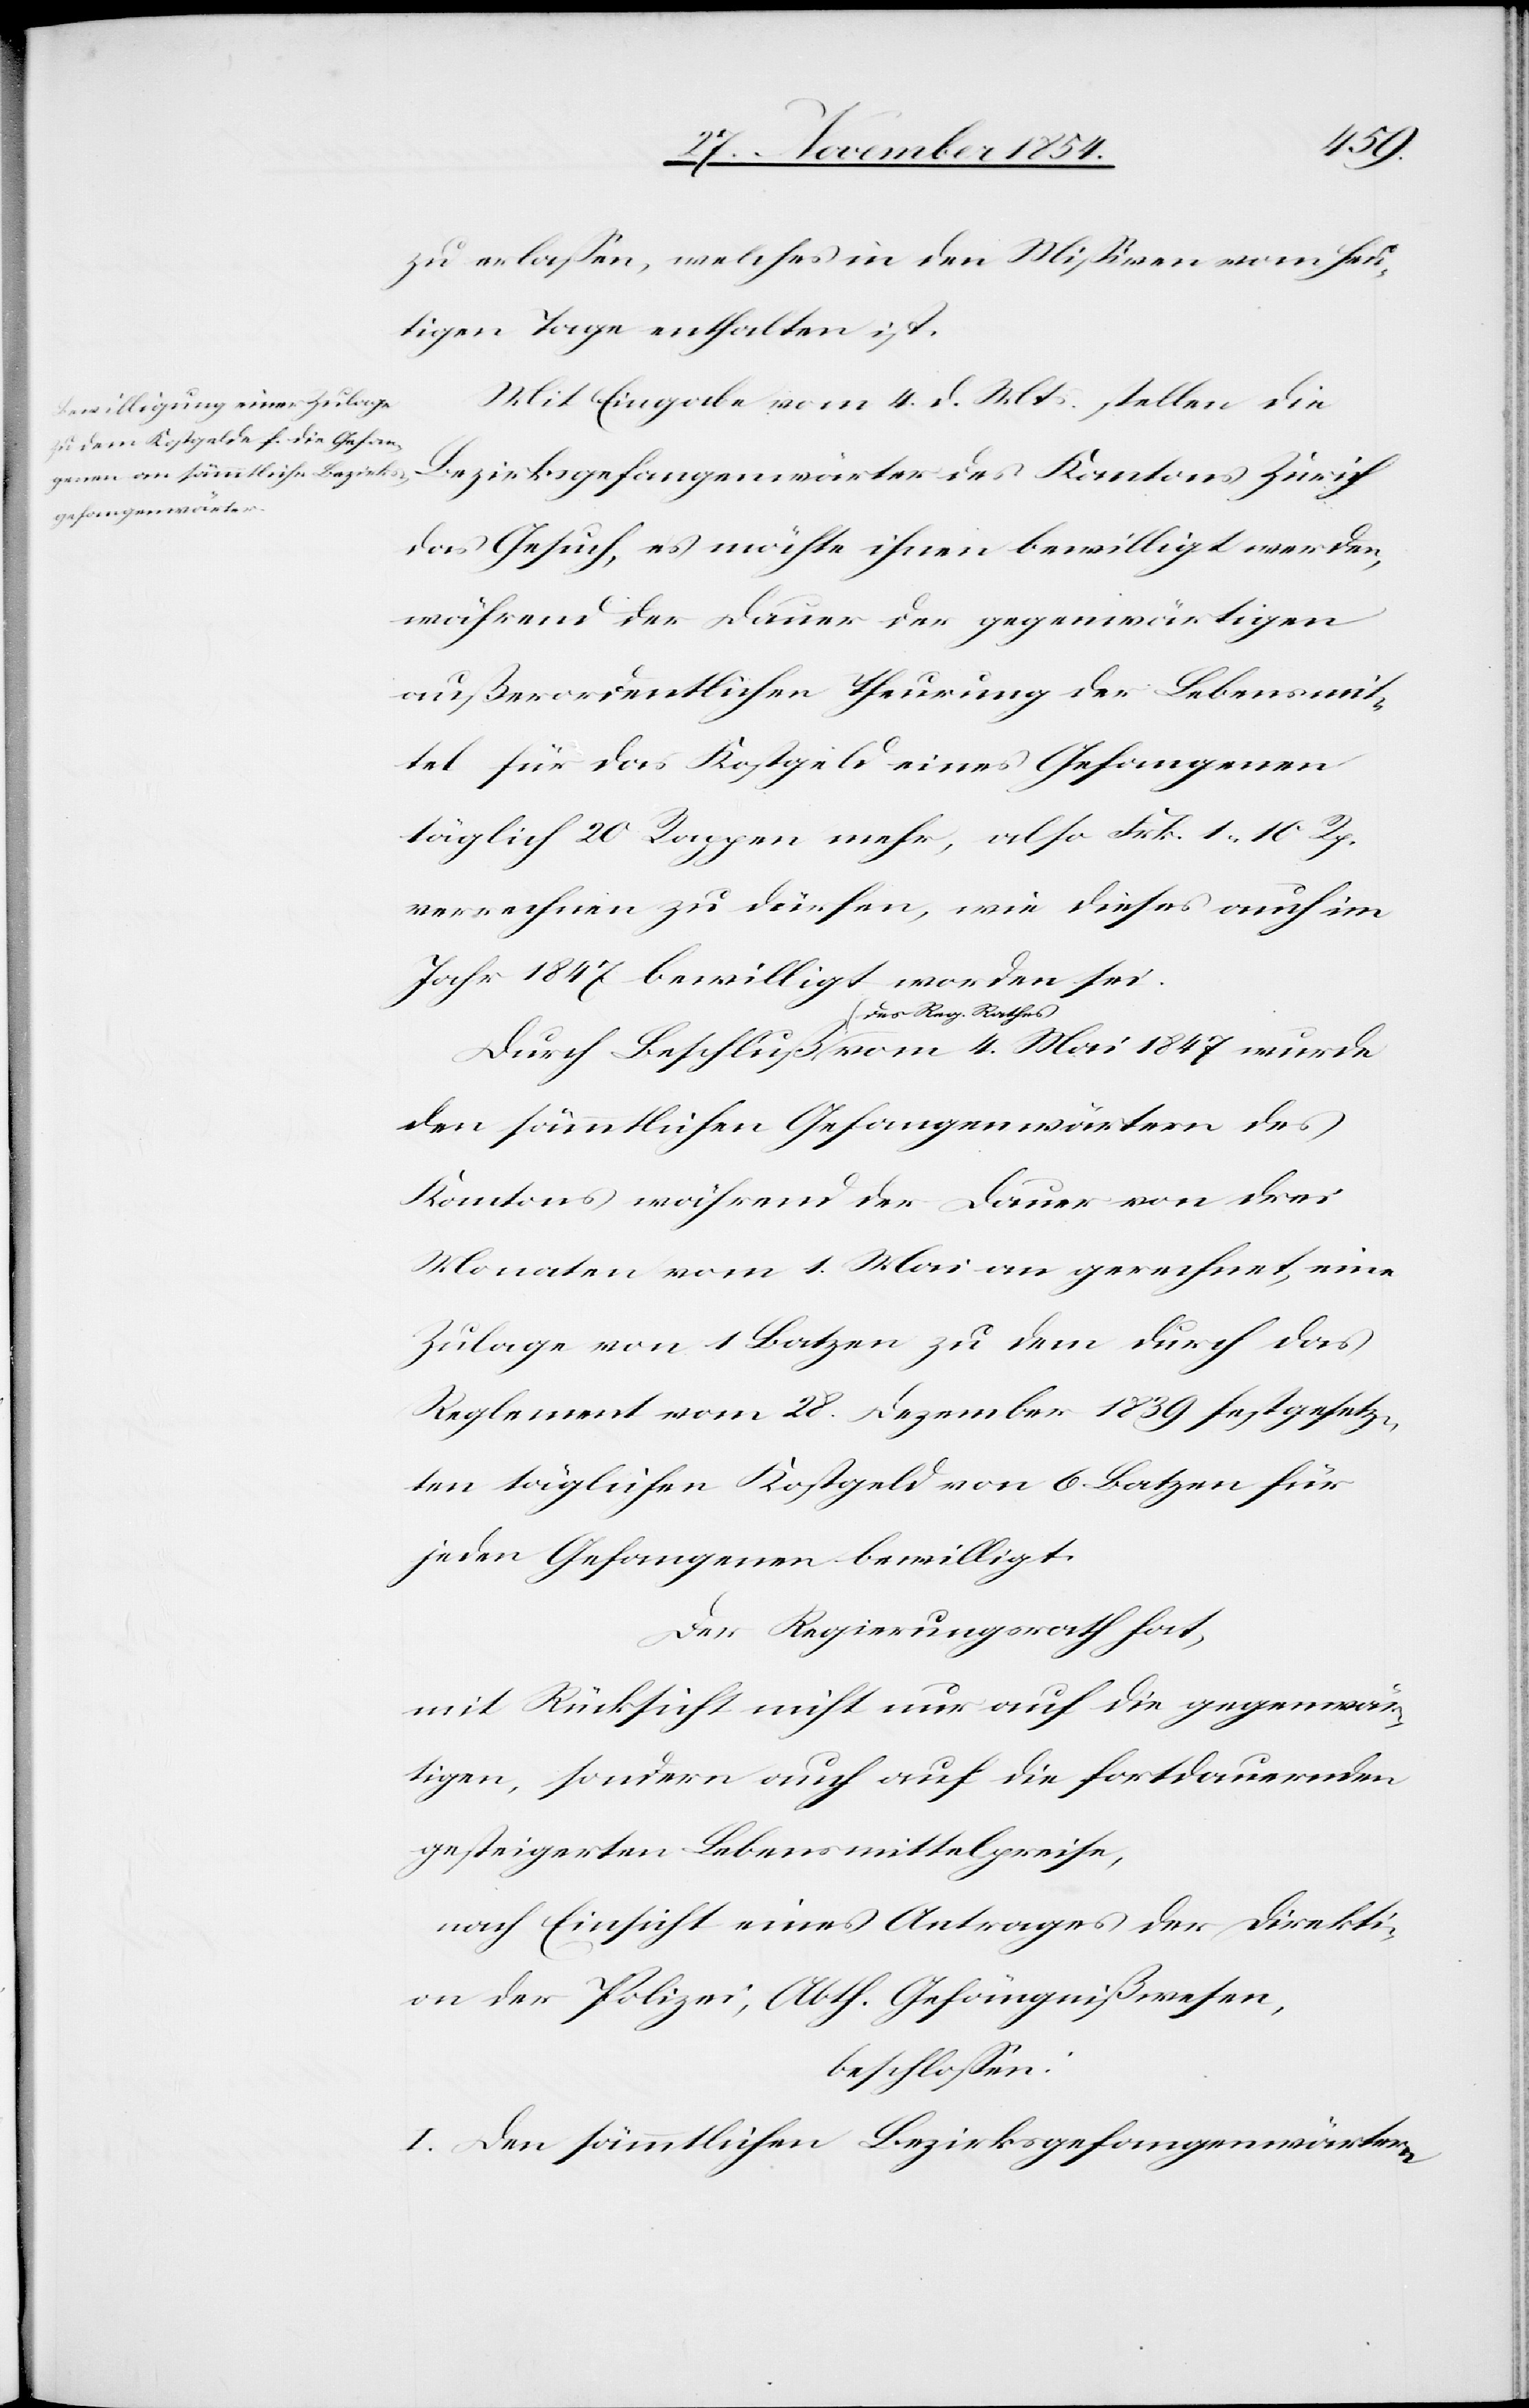
1847
zu erlaßen, welches in den Mißiven vom heu¬
tigen Tage enthalten ist.
Mit Eingabe vom 4. d. Mts. stellen die
Bezirksgefangenwärter des Kantons Zürich
das Gesuch, es möchte ihnen bewilligt werden,
während der Dauer der gegenwärtigen
außerordentlichen Theurung der Lebensmit¬
tel für das Kostgeld eines Gefangenen
täglich 20 Rappen mehr, also Frk. 1. 10 Rp.
verrechnen zu dürfen, wie dieses auch im
Jahr 1847 bewilligt worden sei.
a-des Reg. Rathes-a
den sämmtlichen Gefangenwärter des
Kantons während der Dauer von drei
Monaten vom 1. Mai an gerechnet, eine
Zulage von 1 Batzen zu dem durch das
Reglement vom 28. Dezember 1839 festgesetz¬
ten täglichen Kostgeld von 6 Batzen für
jeden Gefangenen bewilligt.
Der Regierungsrath hat
mit Rücksicht nicht nur auf die gegenwär¬
tigen, sondern auch auf die fortdauernden
gesteigerten Lebensmittelpreise,
nach Einsicht eines Antrages der Direkti¬
on der Polizei, Abth. Gefängnißwesen,
beschloßen:
I. Den sämmtlichen Bezirksgefangenwärtern